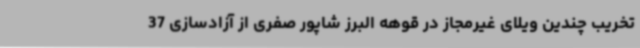
تخریب چندین ویلای غیرمجاز در قوهه البرز شاپور صفری از آزادسازی 37